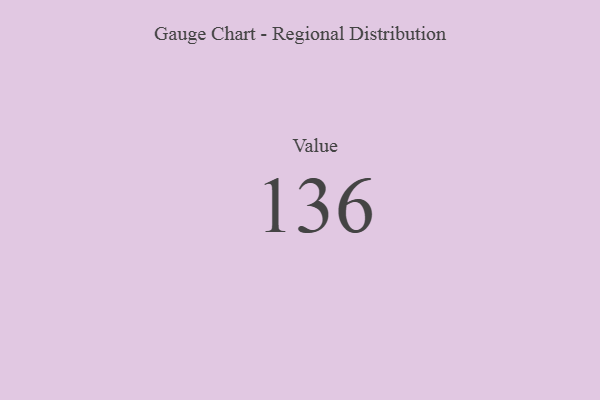
{"axis": {"x": "Metric", "y": "Value"}, "legend": [""], "data": [{"x": "Value", "y": 136, "type": ""}]}